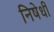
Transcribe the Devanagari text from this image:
निषेधी